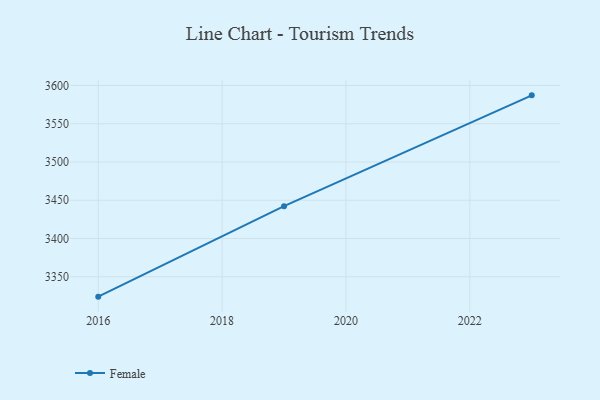
{"axis": {"x": "Year", "y": "Website Visitors"}, "legend": ["Female"], "data": [{"x": "2023", "y": 3587.1, "type": "Female"}, {"x": "2019", "y": 3442.3, "type": "Female"}, {"x": "2016", "y": 3324.0, "type": "Female"}]}